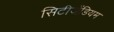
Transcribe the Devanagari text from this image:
सिटीजेंडियम